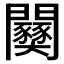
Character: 𫔫